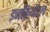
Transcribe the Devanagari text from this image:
इनक्रिमेंटल